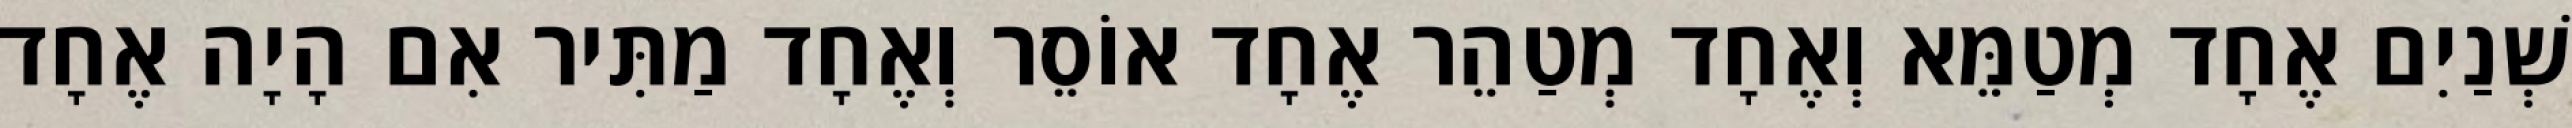
שְׁנַיִם אֶחָד מְטַמֵּא וְאֶחָד מְטַהֵר אֶחָד אוֹסֵר וְאֶחָד מַתִּיר אִם הָיָה אֶחָד